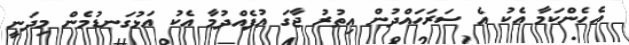
އެހެންކަމާ އެކު އެ ސަރަހައްދުން އިތުރު ޖާގަ އުފެއްދުމާ އެކު އަޅުގަނޑުމެން މިދަނީ